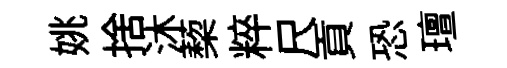
姚捨沐蔾粹尺貢恐璮